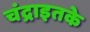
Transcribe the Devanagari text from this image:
चंद्राइतके